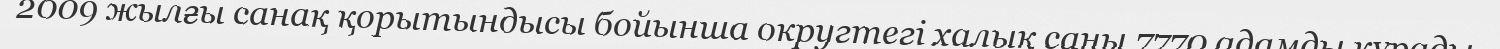
2009 жылғы санақ қорытындысы бойынша округтегі халық саны 7770 адамды құрады.